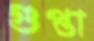
গুপ্তা